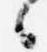
々